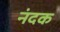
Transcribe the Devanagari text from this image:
नंदक